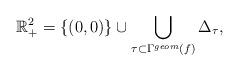
LaTeX: \begin{align*}\mathbb{R}_+^2=\{(0,0)\} \cup \bigcup\limits_{\tau \subset \Gamma^{geom}(f) } \Delta_\tau,\end{align*}